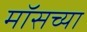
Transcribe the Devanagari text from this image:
मॉसच्या